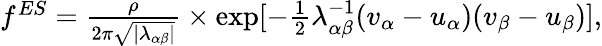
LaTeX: \begin{array}{r}{f^{ES}=\frac{\rho}{2\pi\sqrt{\left|\lambda_{\alpha\beta}\right|}}\times\exp[-\frac{1}{2}\lambda_{\alpha\beta}^{-1}(v_{\alpha}-u_{\alpha})(v_{\beta}-u_{\beta})],}\end{array}